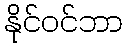
နိုင်ဝင်ဘာ